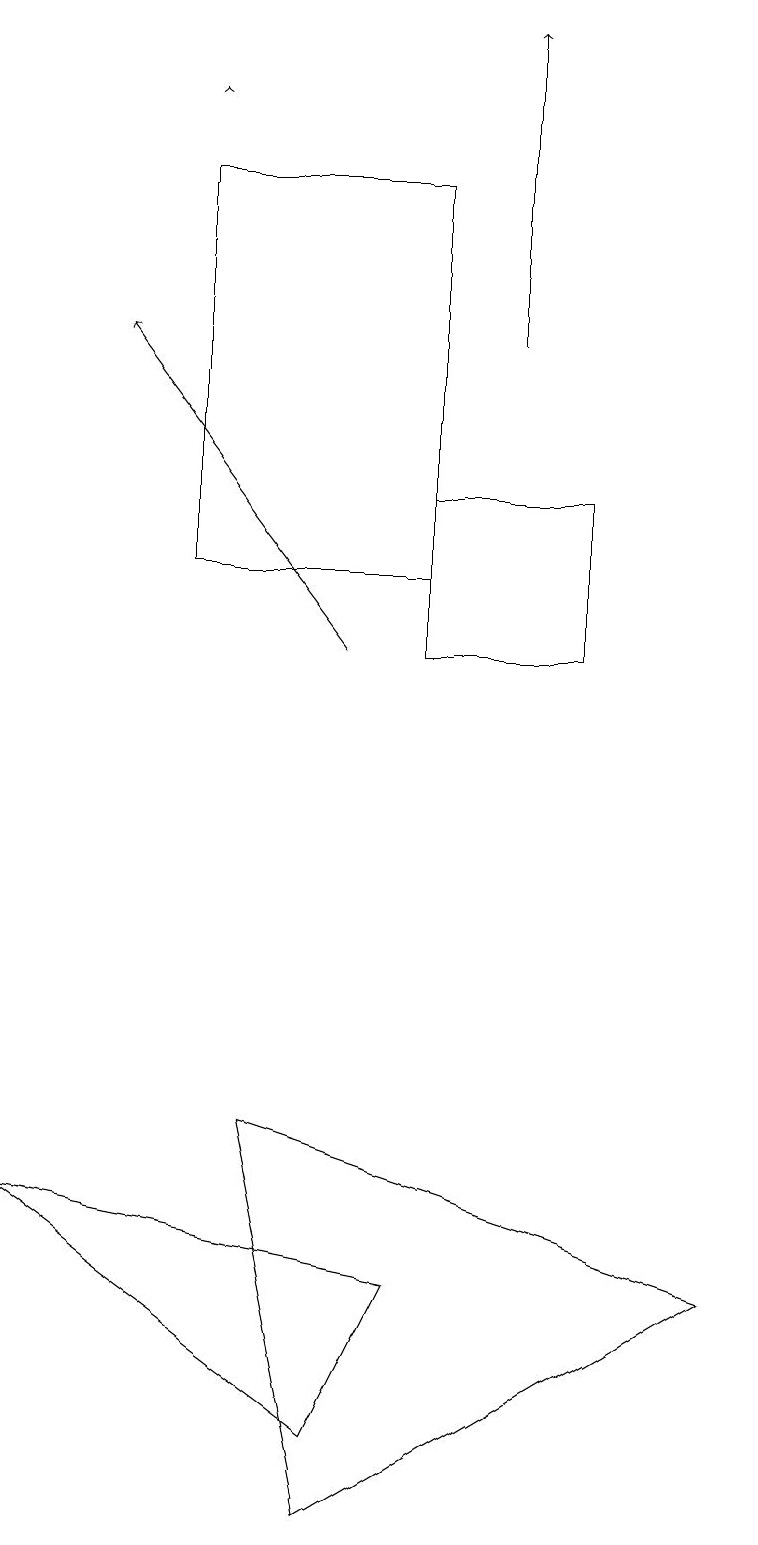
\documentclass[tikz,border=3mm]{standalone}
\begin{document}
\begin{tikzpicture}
\draw[->] (4,11) -- (1,15);
\draw (3,5) -- (4,0) -- (9,3) -- cycle;
\draw (0,4) -- (4,1) -- (5,3) -- cycle;
\draw[->] (2,18) -- (2,18);
\draw (5,11) rectangle (7,13);
\draw[->] (6,15) -- (6,19);
\draw (2,17) rectangle (5,12);
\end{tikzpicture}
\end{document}